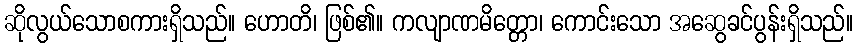
ဆိုလွယ်သောစကားရှိသည်။ ဟောတိ၊ ဖြစ်၏။ ကလျာဏမိတ္တော၊ ကောင်းသော အဆွေခင်ပွန်းရှိသည်။